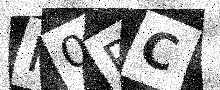
Text: K0PC